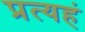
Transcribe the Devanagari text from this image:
प्रत्यहं